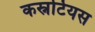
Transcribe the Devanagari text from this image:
कस्नटियस